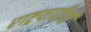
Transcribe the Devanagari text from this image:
राष्ट्रवादीयों